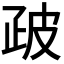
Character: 𭼀